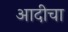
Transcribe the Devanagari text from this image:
आदीचा